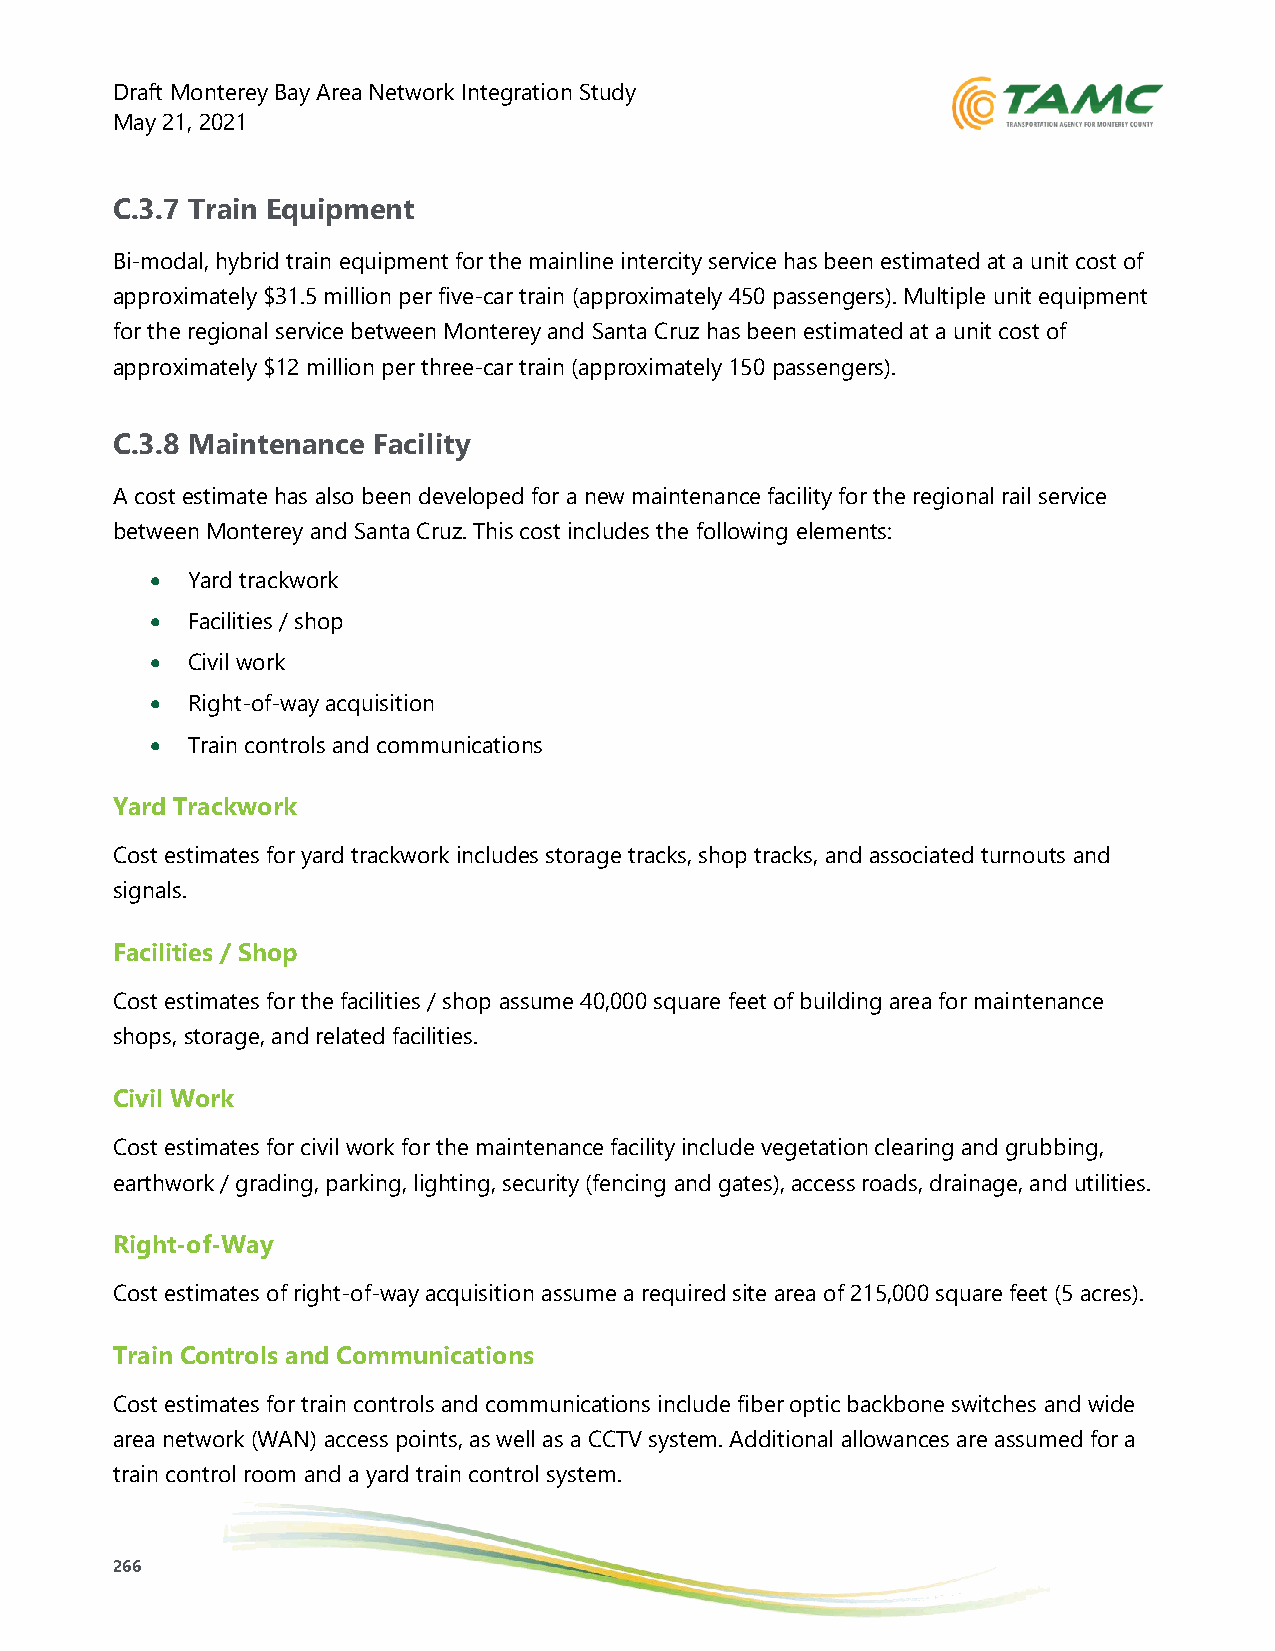
Draft Monterey Bay Area Network Integration Study
 May 21, 2021
 C.3.7 Train Equipment
 Bi-modal, hybrid train equipment for the mainline intercity service has been estimated at a unit cost of
 approximately $31.5 million per five-car train (approximately 450 passengers). Multiple unit equipment
 for the regional service between Monterey and Santa Cruz has been estimated at a unit cost of
 approximately $12 million per three-car train (approximately 150 passengers).
 C.3.8 Maintenance Facility
 A cost estimate has also been developed for a new maintenance facility for the regional rail service
 between Monterey and Santa Cruz. This cost includes the following elements:
 • Yard trackwork
 • Facilities / shop
 • Civil work
 • Right-of-way acquisition
 • Train controls and communications
 Yard Trackwork
 Cost estimates for yard trackwork includes storage tracks, shop tracks, and associated turnouts and
 signals.
 Facilities / Shop
 Cost estimates for the facilities / shop assume 40,000 square feet of building area for maintenance
 shops, storage, and related facilities.
 Civil Work
 Cost estimates for civil work for the maintenance facility include vegetation clearing and grubbing,
 earthwork / grading, parking, lighting, security (fencing and gates), access roads, drainage, and utilities.
 Right-of-Way
 Cost estimates of right-of-way acquisition assume a required site area of 215,000 square feet (5 acres).
 Train Controls and Communications
 Cost estimates for train controls and communications include fiber optic backbone switches and wide
 area network (WAN) access points, as well as a CCTV system. Additional allowances are assumed for a
 train control room and a yard train control system.
 266